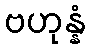
ဗဟုန္နံ